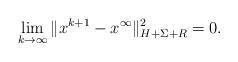
LaTeX: \begin{align*}\lim_{k \rightarrow \infty} \|x^{k+1} - x^{\infty}\|_{H+\Sigma+R}^2=0.\end{align*}